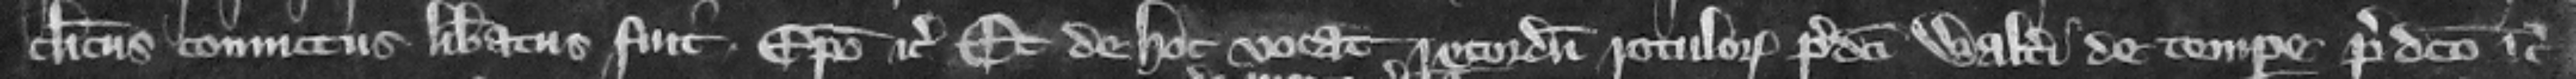
clerics conuictus liberatus fuit episcopo etc. Et de hoc vocat recordum rotulorum predicti Walteri de tempore predicto etc.